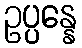
ဥပ္ပန္နေ